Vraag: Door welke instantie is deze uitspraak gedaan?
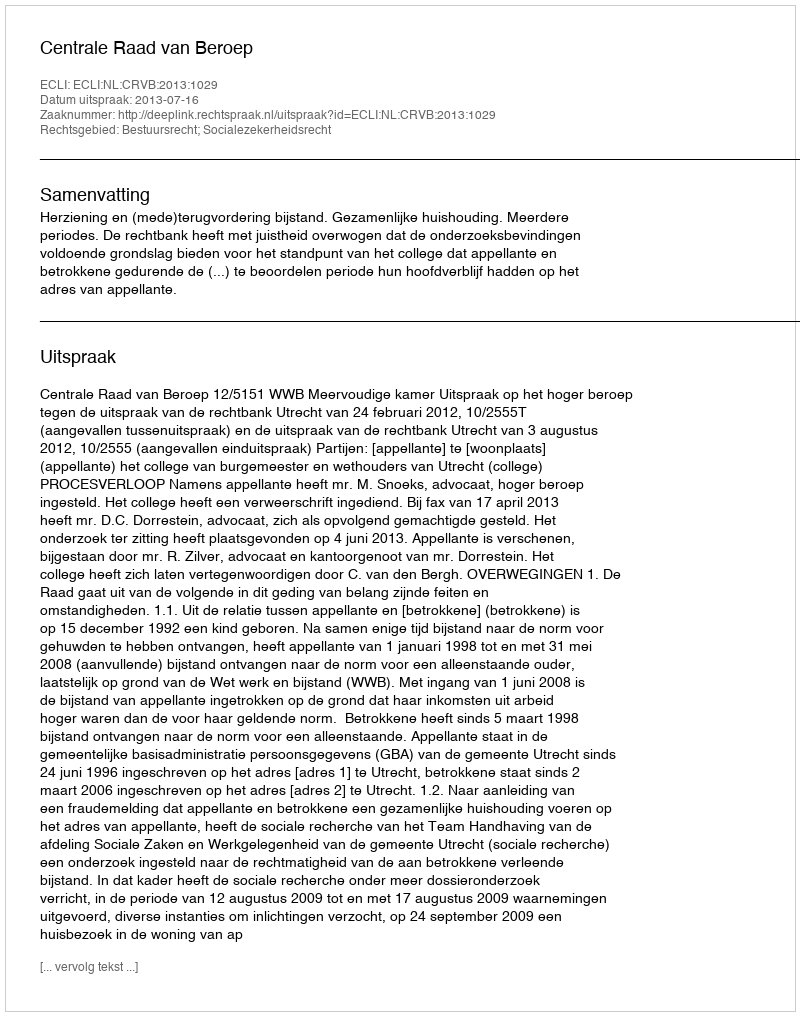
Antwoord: Centrale Raad van Beroep